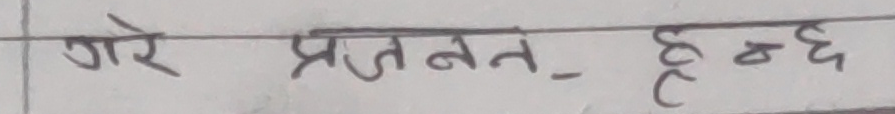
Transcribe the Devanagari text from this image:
गरे प्रजनन् हुन्छ